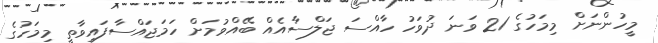
މީހުންނަށް މިމަހުގެ 21 ވަނަ ދުވަހު ހާއްސަ ޖަލްސާއެއް ބޭއްވުމަށް ހަމަޖައްސާފައިވާތީ މިމަހުގެ